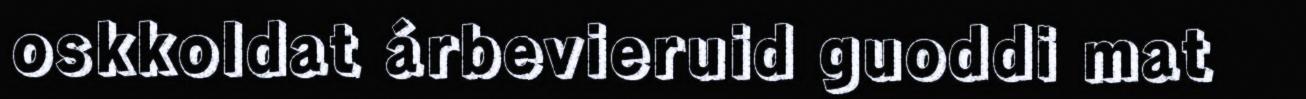
oskkoldat árbevieruid guoddi mat